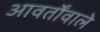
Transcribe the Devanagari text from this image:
आवर्तोंवाले